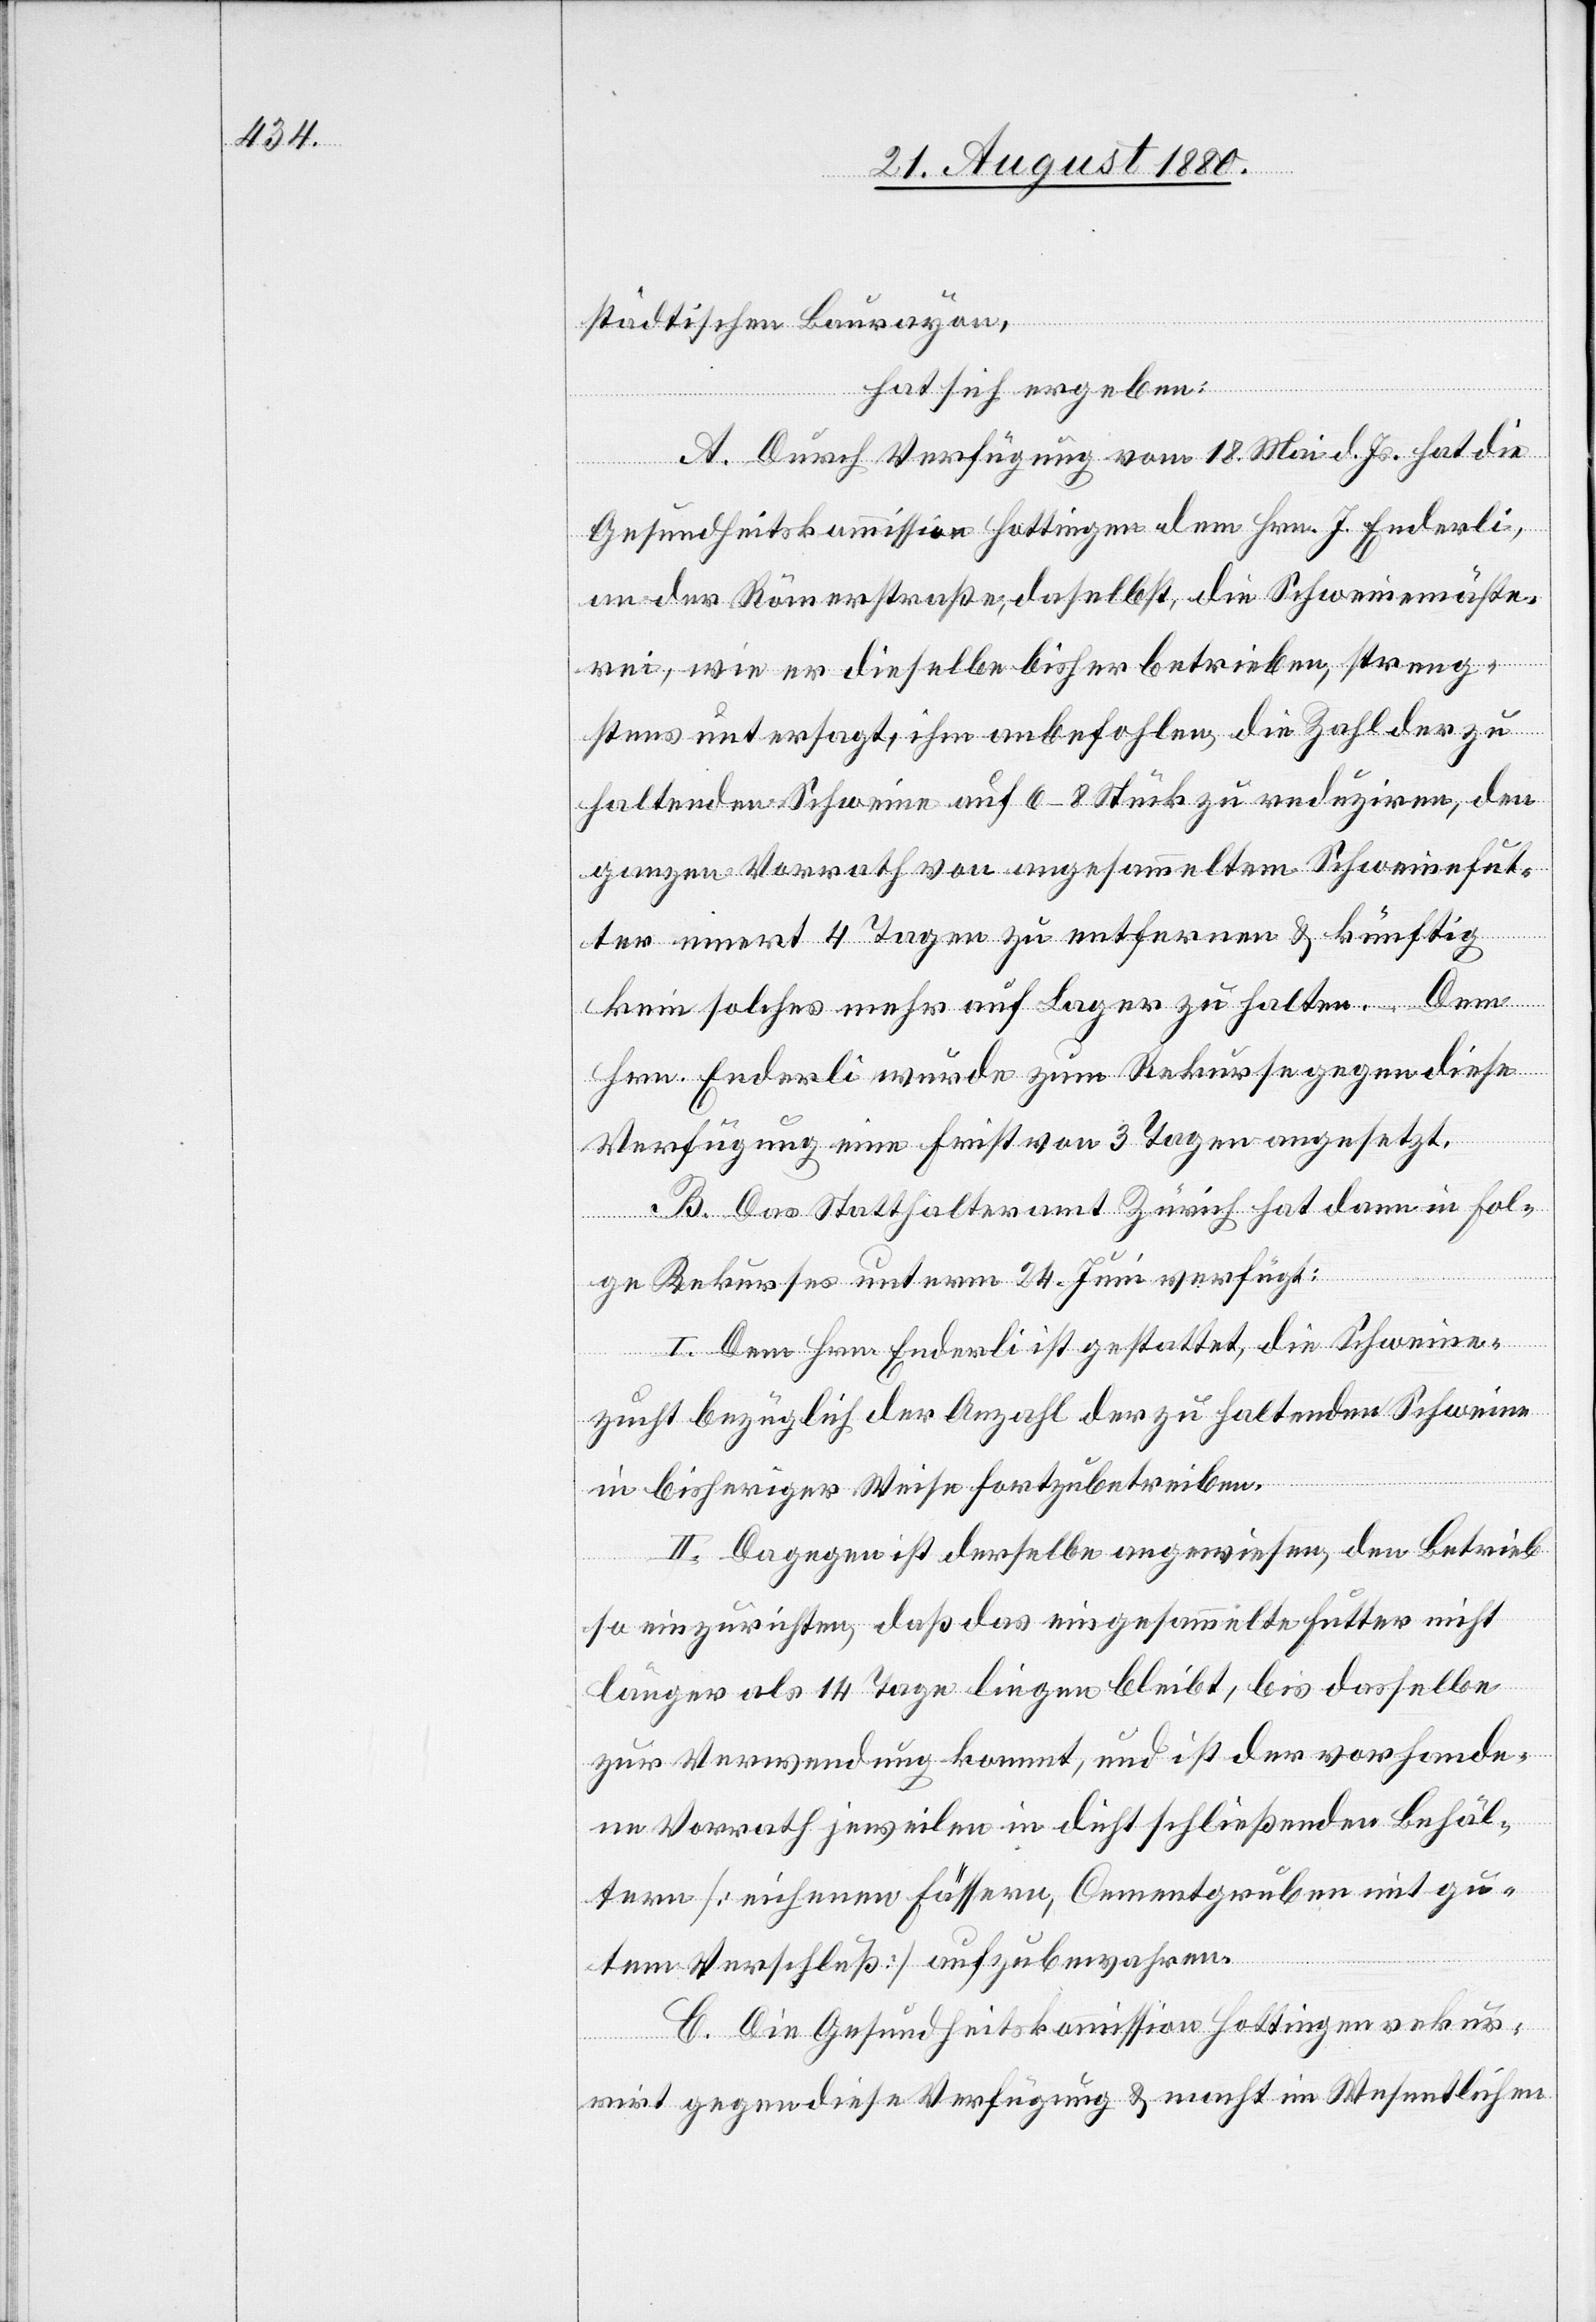
städtischen Baurayon,
hat sich ergeben:
A. Durch Verfügung vom 18. Mai d. Js. hat die
Gesundheitskommission Hottingen dem Hrn. J. Enderli
an der Römerstraße, daselbst, die Schweinemäste¬
rei, wie er dieselbe bisher betrieben, streng¬
stens untersagt, ihm anbefohlen, die Zahl der zu
haltenden Schweine auf 6–8 Stück zu reduziren, den
ganzen Vorrath von angesammeltem Schweinefut¬
ter innert 4 Tagen zu entfernen & künftig
kein solches mehr auf Lager zu halten. Dem
Hrn. Enderli wurde zum Rekurse gegen diese
Verfügung eine Frist von 3 Tagen angesetzt.
B. Das Statthalteramt Zürich hat dann in Fol¬
ge Rekurses unterm 24. Juni verfügt:
I. Dem Hrn. Enderli ist gestattet, die Schweine¬
zucht bezüglich der Anzahl der zu haltenden Schweine
in bisheriger Weise fortzubetreiben.
II. Dagegen ist derselbe angewiesen, den Betrieb
so einzurichten, daß das eingesammelte Futter nicht
länger als 14 Tage liegen bleibt, bis dasselbe
zur Verwendung kommt, und ist der vorhande¬
ne Vorrath jeweilen in dicht schließenden Behäl¬
tern [eichenen Fässern, Cementgruben mit gu¬
tem Verschluß] aufzubewahren.
C. Die Gesundheitskommission Hottingen rekur¬
rirt gegen diese Verfügung & macht im Wesentlichen